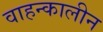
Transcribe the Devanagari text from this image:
वाहन्कालीन